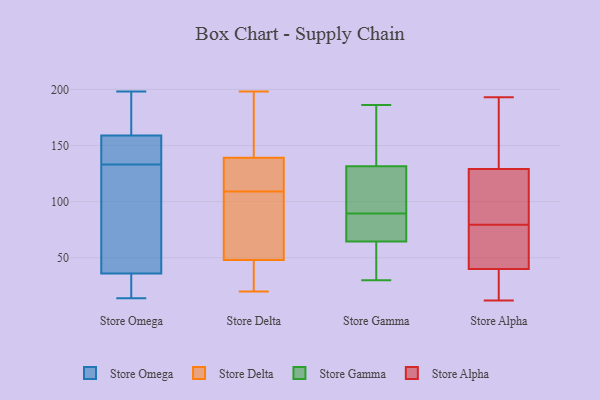
{"axis": {"x": "Customer Acquisition Cost (USD)", "y": "Value"}, "legend": ["Store Alpha", "Store Delta", "Store Gamma", "Store Omega"], "data": [{"x": "", "y": 194, "type": "Store Omega"}, {"x": "", "y": 104, "type": "Store Omega"}, {"x": "", "y": 134, "type": "Store Omega"}, {"x": "", "y": 20, "type": "Store Omega"}, {"x": "", "y": 157, "type": "Store Omega"}, {"x": "", "y": 137, "type": "Store Omega"}, {"x": "", "y": 14, "type": "Store Omega"}, {"x": "", "y": 132, "type": "Store Omega"}, {"x": "", "y": 159, "type": "Store Omega"}, {"x": "", "y": 36, "type": "Store Omega"}, {"x": "", "y": 164, "type": "Store Omega"}, {"x": "", "y": 198, "type": "Store Omega"}, {"x": "", "y": 79, "type": "Store Omega"}, {"x": "", "y": 28, "type": "Store Omega"}, {"x": "", "y": 26, "type": "Store Delta"}, {"x": "", "y": 124, "type": "Store Delta"}, {"x": "", "y": 36, "type": "Store Delta"}, {"x": "", "y": 136, "type": "Store Delta"}, {"x": "", "y": 120, "type": "Store Delta"}, {"x": "", "y": 28, "type": "Store Delta"}, {"x": "", "y": 142, "type": "Store Delta"}, {"x": "", "y": 198, "type": "Store Delta"}, {"x": "", "y": 59, "type": "Store Delta"}, {"x": "", "y": 74, "type": "Store Delta"}, {"x": "", "y": 84, "type": "Store Delta"}, {"x": "", "y": 179, "type": "Store Delta"}, {"x": "", "y": 37, "type": "Store Delta"}, {"x": "", "y": 104, "type": "Store Delta"}, {"x": "", "y": 114, "type": "Store Delta"}, {"x": "", "y": 64, "type": "Store Delta"}, {"x": "", "y": 132, "type": "Store Delta"}, {"x": "", "y": 146, "type": "Store Delta"}, {"x": "", "y": 158, "type": "Store Delta"}, {"x": "", "y": 20, "type": "Store Delta"}, {"x": "", "y": 30, "type": "Store Gamma"}, {"x": "", "y": 88, "type": "Store Gamma"}, {"x": "", "y": 172, "type": "Store Gamma"}, {"x": "", "y": 112, "type": "Store Gamma"}, {"x": "", "y": 90, "type": "Store Gamma"}, {"x": "", "y": 94, "type": "Store Gamma"}, {"x": "", "y": 175, "type": "Store Gamma"}, {"x": "", "y": 46, "type": "Store Gamma"}, {"x": "", "y": 72, "type": "Store Gamma"}, {"x": "", "y": 78, "type": "Store Gamma"}, {"x": "", "y": 89, "type": "Store Gamma"}, {"x": "", "y": 136, "type": "Store Gamma"}, {"x": "", "y": 48, "type": "Store Gamma"}, {"x": "", "y": 66, "type": "Store Gamma"}, {"x": "", "y": 63, "type": "Store Gamma"}, {"x": "", "y": 40, "type": "Store Gamma"}, {"x": "", "y": 93, "type": "Store Gamma"}, {"x": "", "y": 127, "type": "Store Gamma"}, {"x": "", "y": 186, "type": "Store Gamma"}, {"x": "", "y": 185, "type": "Store Gamma"}, {"x": "", "y": 121, "type": "Store Alpha"}, {"x": "", "y": 13, "type": "Store Alpha"}, {"x": "", "y": 50, "type": "Store Alpha"}, {"x": "", "y": 96, "type": "Store Alpha"}, {"x": "", "y": 118, "type": "Store Alpha"}, {"x": "", "y": 40, "type": "Store Alpha"}, {"x": "", "y": 12, "type": "Store Alpha"}, {"x": "", "y": 193, "type": "Store Alpha"}, {"x": "", "y": 12, "type": "Store Alpha"}, {"x": "", "y": 46, "type": "Store Alpha"}, {"x": "", "y": 185, "type": "Store Alpha"}, {"x": "", "y": 152, "type": "Store Alpha"}, {"x": "", "y": 129, "type": "Store Alpha"}, {"x": "", "y": 63, "type": "Store Alpha"}]}